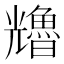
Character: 𠓑